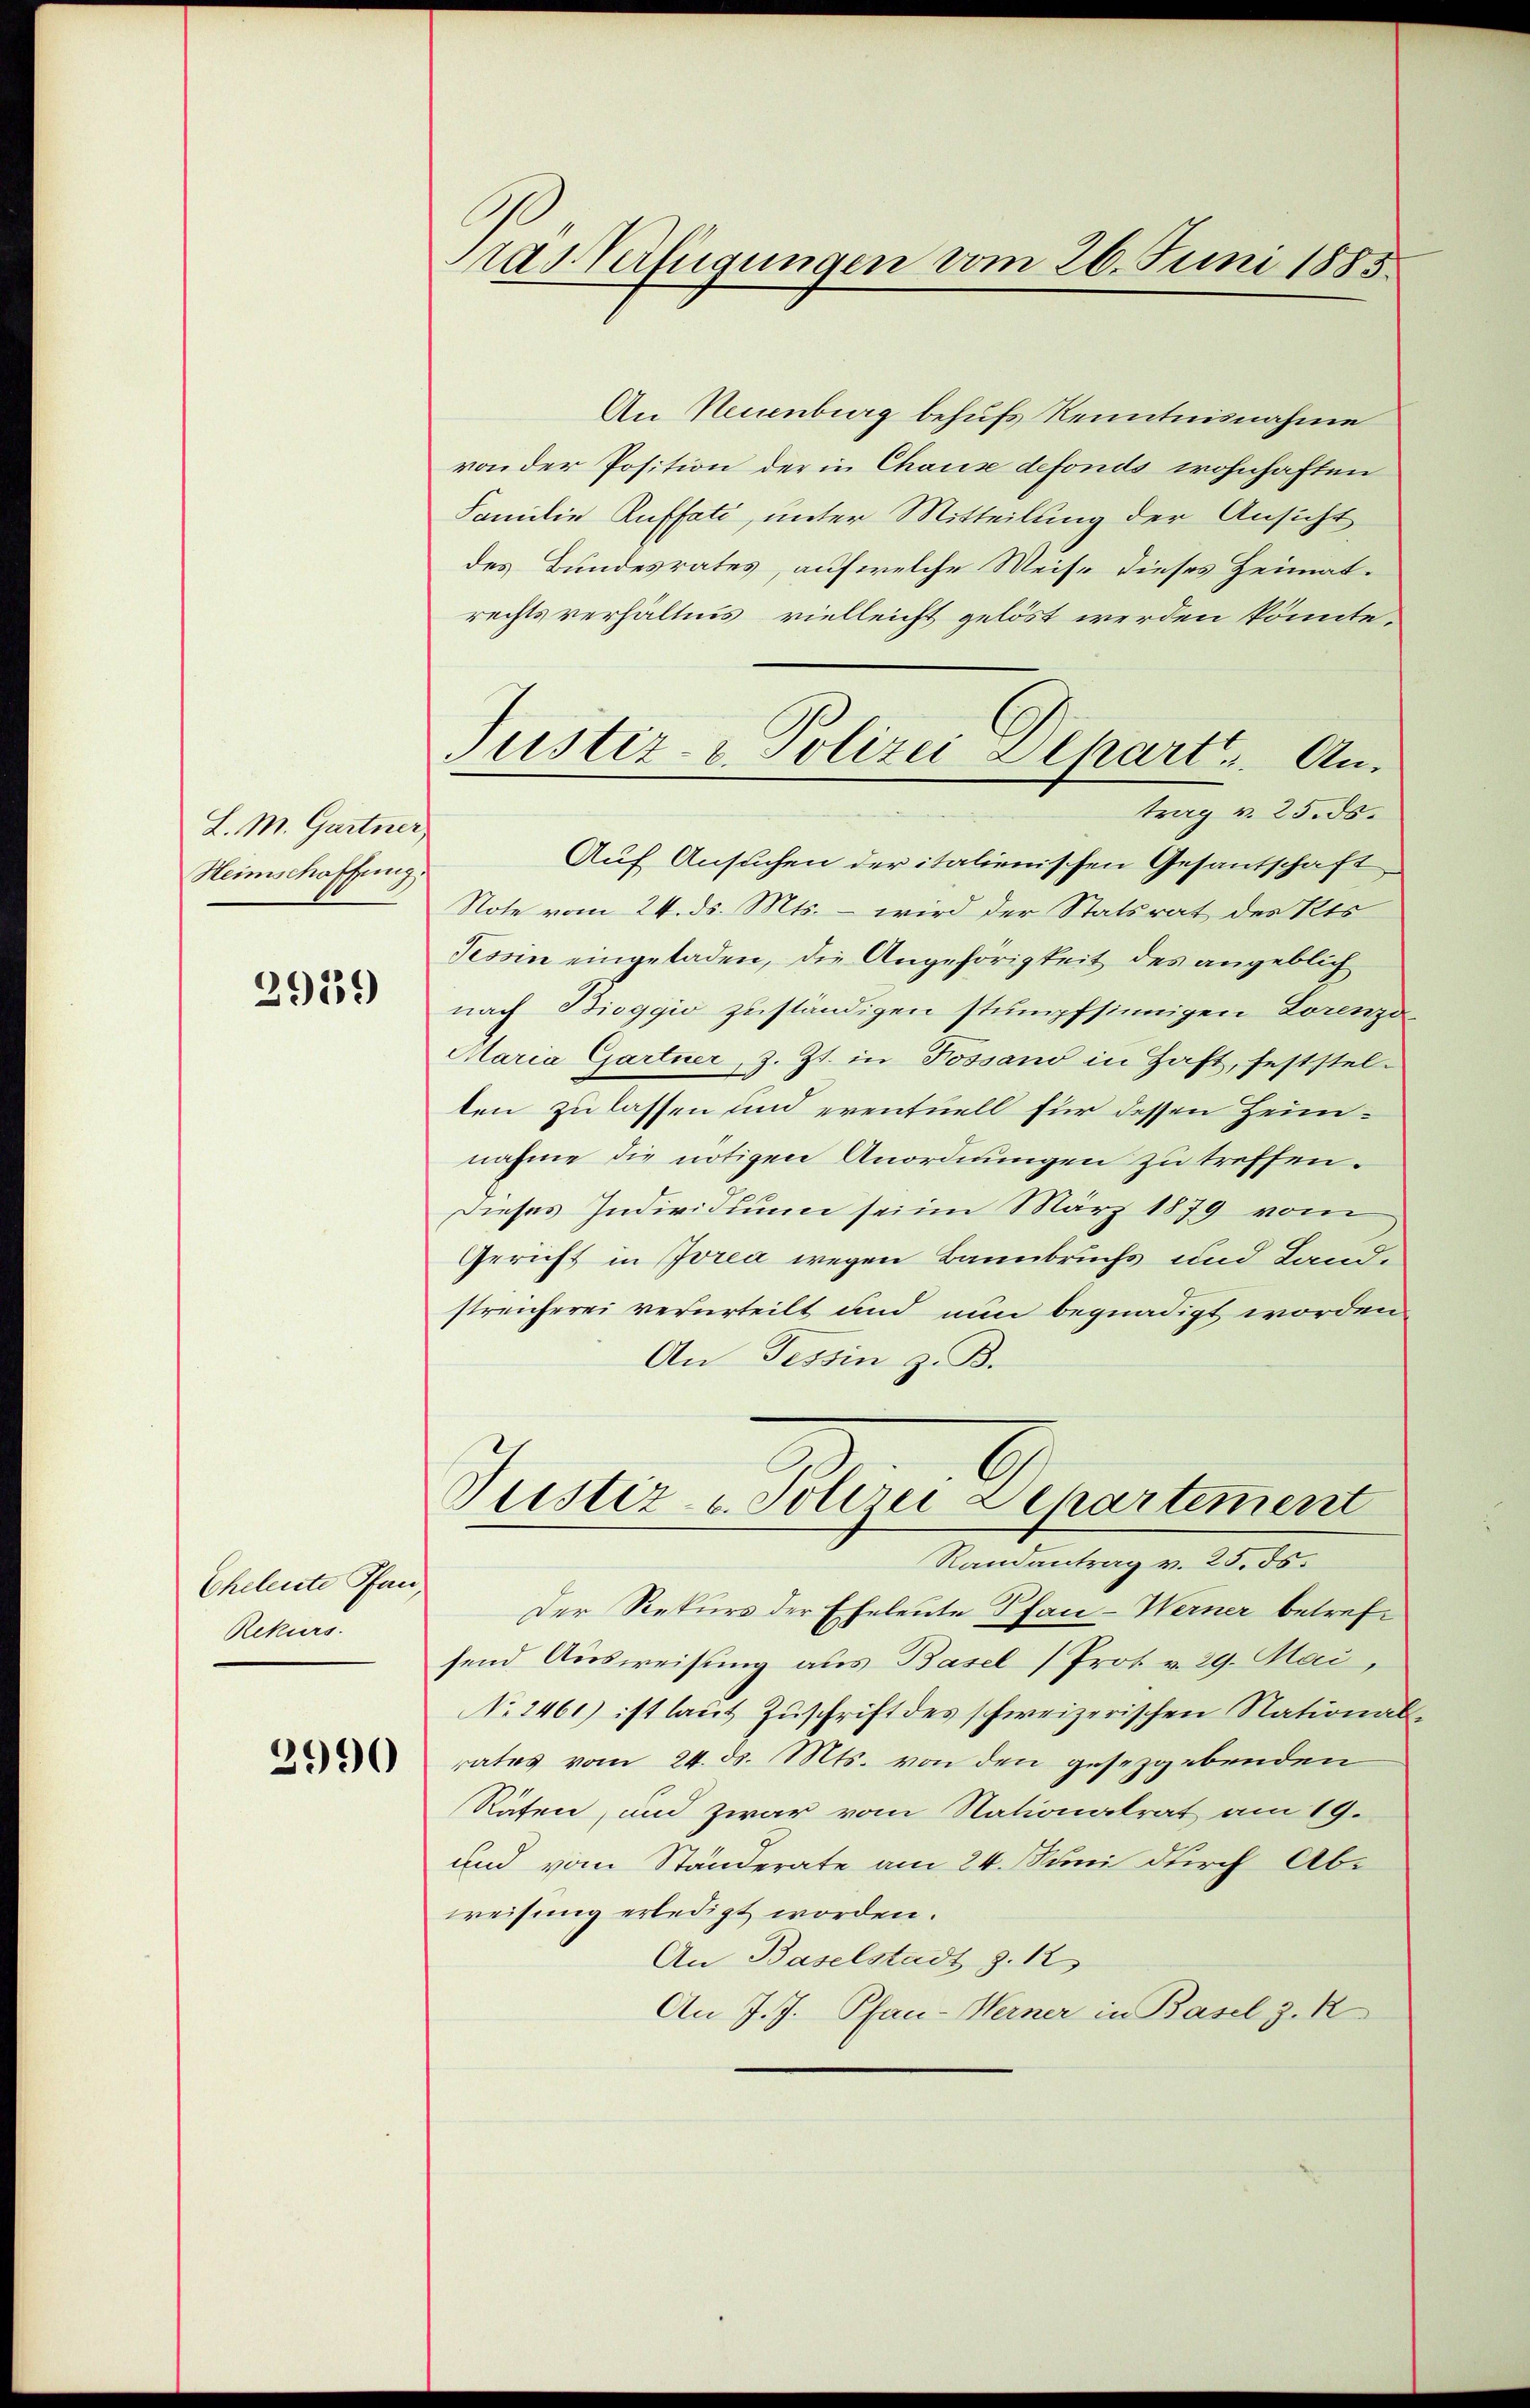
L. M. Gartner
Heimschaffung.

2959

Cheleute Pfan,
Rekurs.

3990

tas Verfügungen vom 26. Juni 1885

Justiz- & Polizei Depart. Antrag v. 25. ds.

An Neuenburg behufs Kenntnisnahme
von der Position der in Chause defonds wohnhaften
Familie Ruffati, unter Mitteilung der Ansicht
des Bundesrates, auf welche Weise dieses Heimatrechts verhältnis vielleicht gelöst werden könnte.
Auf Ansuchen der italienischen Gesantschaft
Note vom 24. ds. Mts. – wird der Statsrat des Kts
Tessin eingeladen, die Angehörigkeit des angeblich
nach Bioggio zuständigen stumpfsinnigen Lorenzo
Maria Gartner, z. Zt. in Possano in Haft, feststel-
ten zu lassen und eventuell für dessen Heimnahme die nötigen Anordnungen zu treffen.
Dieses Individuum sein März 1879 vom
Gericht in Zorea wegen Bannbruchs und Landstreicherei verurteilt und nun begnadigt worden
An Tessin z. B.

Justiz u. Polizei Departement
Randantrag v. 25. ds.

Der Rekurs der Eheleute Pfan-Werner betrefsend Ausweisung aus Basel (Prot. v. 29. Mai,
No 2461) ist laut Zuschrift des schweizerischen Nationalrates vom 24. ds. Mts. von den gesezgebenden
Räten, und zwar vom Nationalrat am 19.
und vom Ständerate am 24. Juni durch Ab-
weisung erledigt worden.
An Baselstadt §. 12)
An J. J. Pfau-Werner in Basel z. R